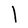
Character: l